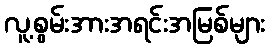
လူ့စွမ်းအားအရင်းအမြစ်များ